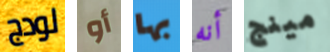
لودج أو بها أنه مينج